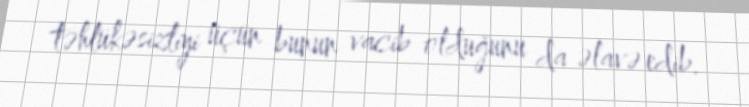
təhlükəsizliyi üçün bunun vacib olduğunu da əlavə edib.